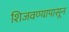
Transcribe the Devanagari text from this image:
शिजवण्यापासून